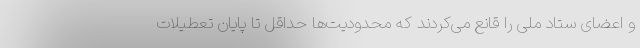
و اعضای ستاد ملی را قانع می‌کردند که محدودیت‌ها حداقل تا پایان تعطیلات